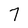
Character: 7